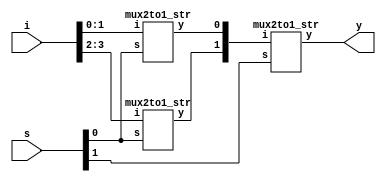
module mux4to1_str(i,s,y
    );
	 input [3:0]i;
	 input [1:0]s;
	 output y;
	 wire [2:1]w;
	 mux2to1_str n1(i[1:0],s[0],w[1]);
	 mux2to1_str n2(i[3:2],s[0],w[2]);
	 mux2to1_str n3(w[2:1],s[1],y);
endmodule
module mux2to1_str(i,s,y
    );
	 input s;
	 input [1:0]i;
	 output y;
	 wire w1,w2,w3;
	 //y=s'i0+si1;
	 not i1(w1,s);
	 and i2(w2,w1,i[0]);
	 and i3(w3,s,i[1]);
	 or i4(y,w2,w3);
endmodule
module mux4to1_str_tb;

	// Inputs
	reg [3:0] i;
	reg [1:0] s;

	// Outputs
	wire y;

	// Instantiate the design Under Test (DUT)
	mux4to1_str dut (i,s,y
	);

	initial begin
		// Initialize Inputs
		s=2'b00;i=4'b0001;#100
		s=2'b01;i=4'b0010;#100
		s=2'b10;i=4'b0100;#100;
		s=2'b11;i=4'b1000;#100;
		s=2'b00;i=4'b1110;#100
		s=2'b01;i=4'b1101;#100
		s=2'b10;i=4'b1011;#100;
		s=2'b11;i=4'b0111;#100;
	end
      
endmodule